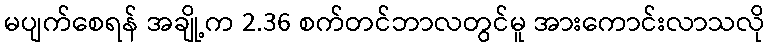
မပျက်စေရန် အချို့က 2.36 စက်တင်ဘာလတွင်မူ အားကောင်းလာသလို